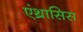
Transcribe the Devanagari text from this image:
एंथ्रासिस